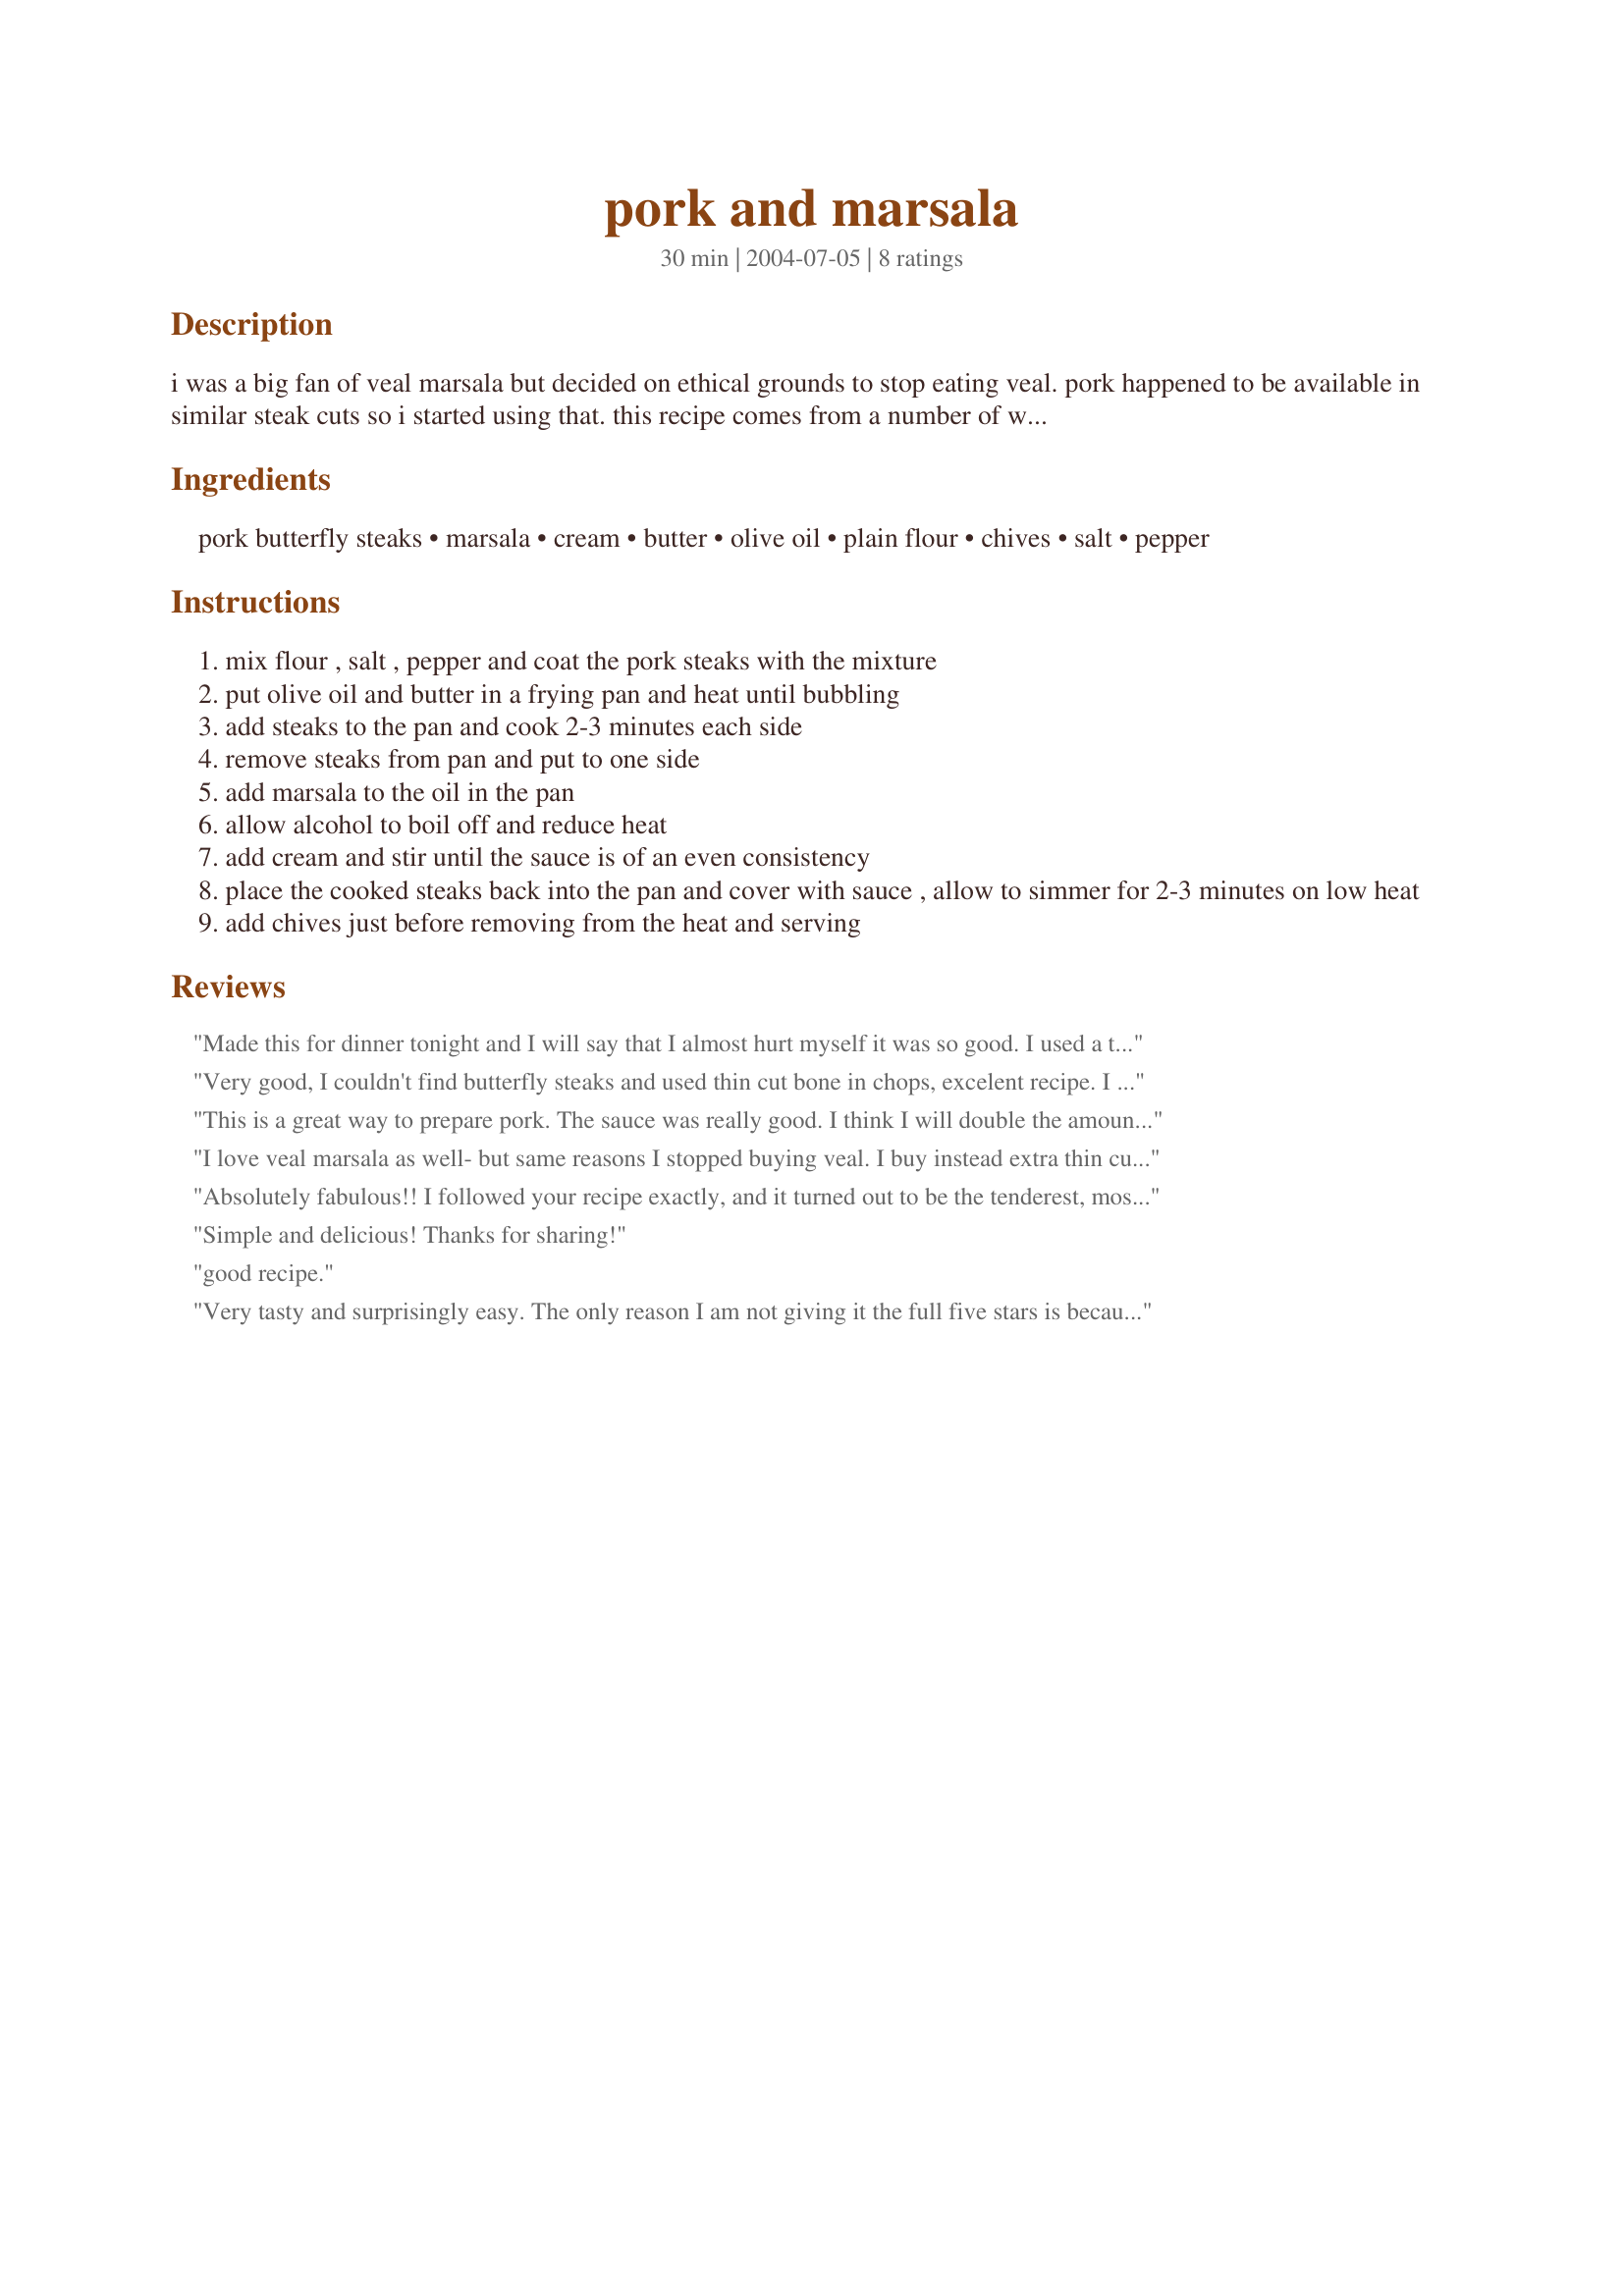
pork and marsala
Preparation time: 30 minutes

i was a big fan of veal marsala but decided on ethical grounds to stop eating veal. pork happened to be available in similar steak cuts so i started using that. this recipe comes from a number of weeks of playing around with ingredients.

Ingredients:
pork butterfly steaks, marsala, cream, butter, olive oil, plain flour, chives, salt, pepper

Steps:
mix flour , salt , pepper and coat the pork steaks with the mixture
put olive oil and butter in a frying pan and heat until bubbling
add steaks to the pan and cook 2-3 minutes each side
remove steaks from pan and put to one side
add marsala to the oil in the pan
allow alcohol to boil off and reduce heat
add cream and stir until the sauce is of an even consistency
place the cooked steaks back into the pan and cover with sauce , allow to simmer for 2-3 minutes on low heat
add chives just before removing from the heat and serving

Reviews:
Made this for dinner tonight and I will say that I almost hurt myself it was so good.

I used a thicker cut pork chop so I cooked in on low for longer and I added fresh sliced mushrooms, but other than that, I followed the recipe completely. The sauce was just thick enough and the flavor was divine.
Very good, I couldn't find butterfly steaks and used thin cut bone in chops, excelent recipe. I will make it again!
This is a great way to prepare pork. The sauce was really good. I think I will double the amount next time. We had ours over buttered noodles.
I love veal marsala as well- but same reasons I stopped buying veal. I buy instead extra thin cut pork cutlets, scallopine style- and soak them in milk overnight- it tenderizes them & gives them a "veal" flavor... I also added about 1lb of mushrooms & increased the wine. I serve with fettuicine & asparagus... superb!!
Absolutely fabulous!! I followed your recipe exactly, and it turned out to be the tenderest, most flavourful pork I have had in a long while. 5 Stars and a definite keeper!
Simple and delicious! Thanks for sharing!
good recipe.
Very tasty and surprisingly easy. The only reason I am not giving it the full five stars is because the sauce doesn't seem to cope well with extra veggies and things being added. Not to worry, the recipe never said it would, this is just my preference. I will definitely make this again, leaving out the extra veggies I wanted - or at least adding them on the side and doubling the amount of sauce! Thank you David!
